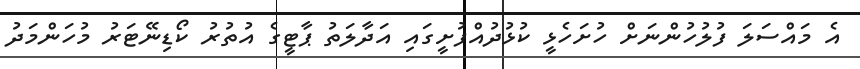
އެ މައްސަލަ ފުލުހުންނަށް ހުށަހެޅީ ކުޅުދުއްފުށީގައި އަދާލަތު ޕާޓީގެ އުތުރު ކޯޑިނޭޓަރު މުހަންމަދު